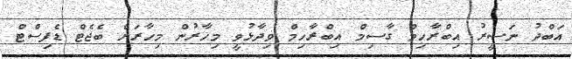
އަބްދު ނަސީރު އިބްރާހިމް ގާސިމް އިބްރާހިމް ވިދާޅުވީ މިހާރުން މިހާރަށް ބެޖެޓް ޑެފިސްޓް